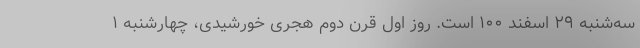
سه‌شنبه ۲۹ اسفند ۱۰۰ است. روز اول قرن دوم هجری خورشیدی، چهارشنبه ۱